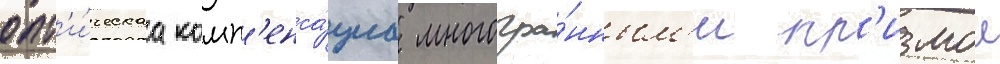
опт'и́ческаа комп'енса́циа многогра́нным'и пр'измои